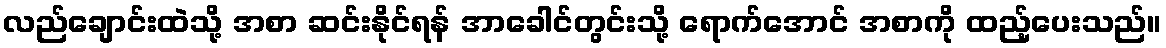
လည်ချောင်းထဲသို့ အစာ ဆင်းနိုင်ရန် အာခေါင်တွင်းသို့ ရောက်အောင် အစာကို ထည့်ပေးသည်။